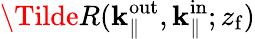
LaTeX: \Tilde{R}({\mathbf{k}_{\parallel}^{\mathrm{out}}},\mathbf{k}_{\parallel}^{\mathrm{in}};{z_{\mathrm{f}}})